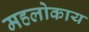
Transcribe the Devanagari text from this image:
महलोकाय